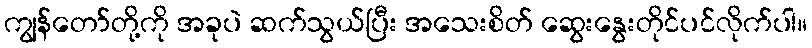
ကျွန်တော်တို့ကို အခုပဲ ဆက်သွယ်ပြီး အသေးစိတ် ဆွေးနွေးတိုင်ပင်လိုက်ပါ။